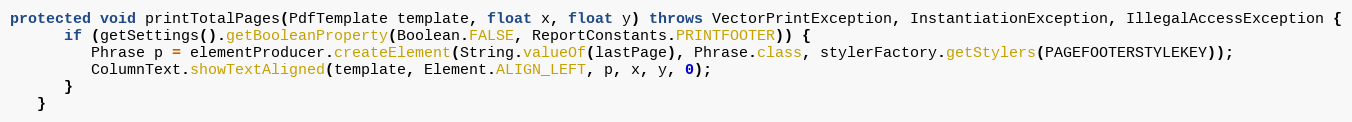
Language: Java
protected void printTotalPages(PdfTemplate template, float x, float y) throws VectorPrintException, InstantiationException, IllegalAccessException {
      if (getSettings().getBooleanProperty(Boolean.FALSE, ReportConstants.PRINTFOOTER)) {
         Phrase p = elementProducer.createElement(String.valueOf(lastPage), Phrase.class, stylerFactory.getStylers(PAGEFOOTERSTYLEKEY));
         ColumnText.showTextAligned(template, Element.ALIGN_LEFT, p, x, y, 0);
      }
   }